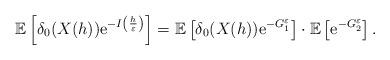
LaTeX: \begin{align*} \mathbb{E}\left[\delta_{0}(X(h)){\rm e}^{-I\left(\frac{h}{\varepsilon}\right)}\right] =\mathbb{E}\left[\delta_{0}(X(h)){\rm e}^{-G_{1}^{\varepsilon}}\right]\cdot\mathbb{E}\left[{\rm e}^{-G_{2}^{\varepsilon}}\right].\end{align*}